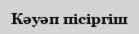
Кәуәп пісіргіш